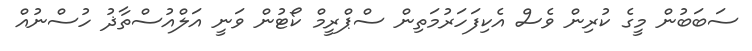
ސަބަބުން މީގެ ކުރިން ވެސް އެކިފަހަރުމަތިން ސްޕްރީމް ކޯޓުން ވަނީ އަލްއުސްތާޛު ހުސްނުއް